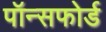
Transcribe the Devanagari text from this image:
पॉन्सफोर्ड